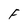
Character: F